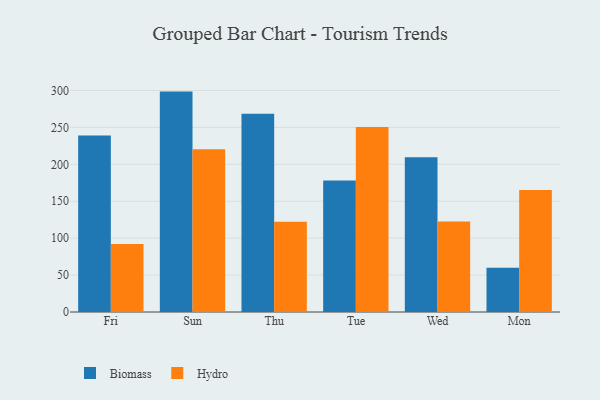
{"axis": {"x": "Day", "y": "Market Share (%)"}, "legend": ["Biomass", "Hydro"], "data": [{"x": "Fri", "y": 238.9, "type": "Biomass"}, {"x": "Fri", "y": 92.1, "type": "Hydro"}, {"x": "Sun", "y": 298.5, "type": "Biomass"}, {"x": "Sun", "y": 220.3, "type": "Hydro"}, {"x": "Thu", "y": 268.4, "type": "Biomass"}, {"x": "Thu", "y": 122.1, "type": "Hydro"}, {"x": "Tue", "y": 178.1, "type": "Biomass"}, {"x": "Tue", "y": 250.5, "type": "Hydro"}, {"x": "Wed", "y": 209.7, "type": "Biomass"}, {"x": "Wed", "y": 122.6, "type": "Hydro"}, {"x": "Mon", "y": 60.0, "type": "Biomass"}, {"x": "Mon", "y": 165.1, "type": "Hydro"}]}